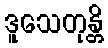
ဒူသေတုန္တိ